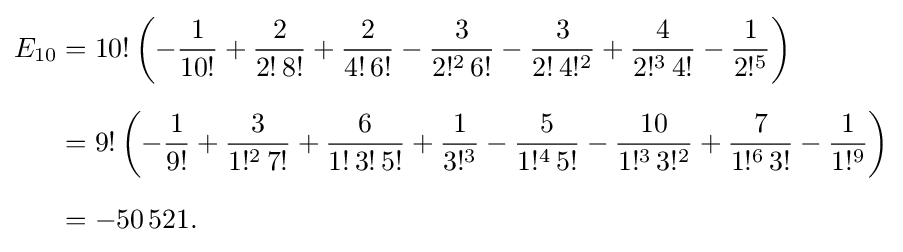
{\begin{aligned}E_{10}&=10!\left(-{\frac {1}{10!}}+{\frac {2}{2!\,8!}}+{\frac {2}{4!\,6!}}-{\frac {3}{2!^{2}\,6!}}-{\frac {3}{2!\,4!^{2}}}+{\frac {4}{2!^{3}\,4!}}-{\frac {1}{2!^{5}}}\right)\\[6pt]&=9!\left(-{\frac {1}{9!}}+{\frac {3}{1!^{2}\,7!}}+{\frac {6}{1!\,3!\,5!}}+{\frac {1}{3!^{3}}}-{\frac {5}{1!^{4}\,5!}}-{\frac {10}{1!^{3}\,3!^{2}}}+{\frac {7}{1!^{6}\,3!}}-{\frac {1}{1!^{9}}}\right)\\[6pt]&=-50\,521.\end{aligned}}